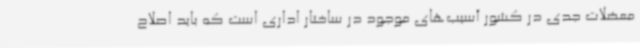
معضلات جدی در کشور آسیب‌های موجود در ساختار اداری است که باید اصلاح